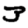
Digit: 3